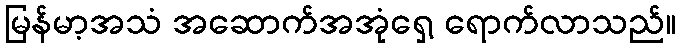
မြန်မာ့အသံ အဆောက်အအုံရှေ့ ရောက်လာသည်။